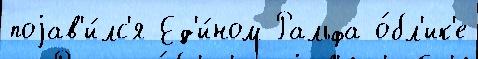
поjав'и́лс'я Ед'и́ном Ральфа о́бл'ик'е